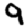
Digit: 9